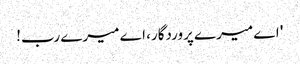
' اے میرے پروردگار، اے میرے رب!